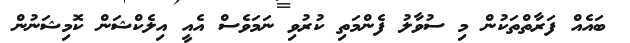
ބައެއް ފަރާތްތަކުން މި ސުވާލު ފެންމަތި ކުރުވި ނަމަވެސް އެއީ އިލެކްޝަން ކޮމިޝަނުން